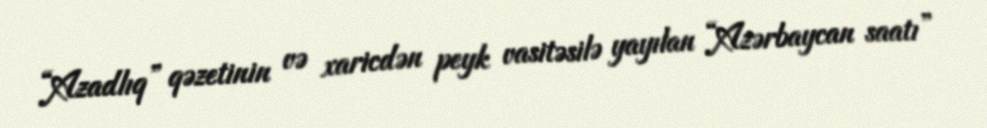
“Azadlıq” qəzetinin və xaricdən peyk vasitəsilə yayılan “Azərbaycan saatı”